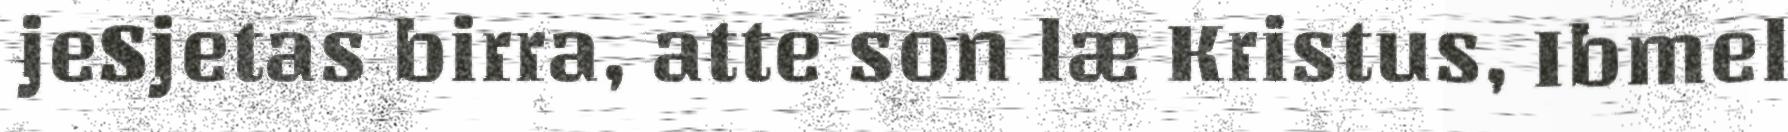
jeSjetas birra, atte son læ Kristus, Ibmel